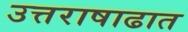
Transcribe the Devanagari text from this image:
उत्तराषाढात